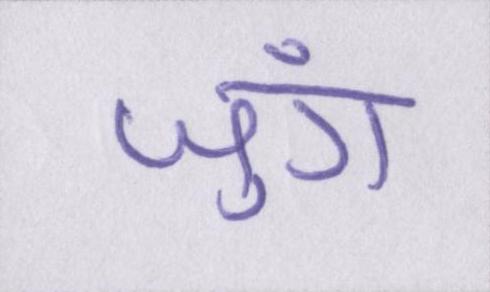
जुंग